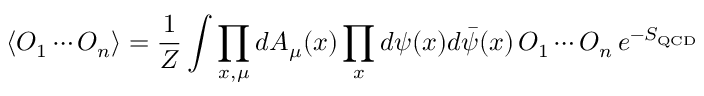
\langle O _ { 1 } \cdots O _ { n } \rangle = \frac { 1 } { Z } \int \prod _ { x , \mu } d A _ { \mu } ( x ) \prod _ { x } d \psi ( x ) d \bar { \psi } ( x ) \, O _ { 1 } \cdots O _ { n } \, e ^ { - S _ { \mathrm { Q C D } } }